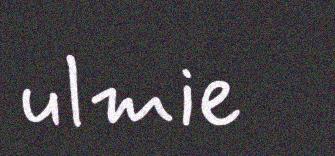
ulmie